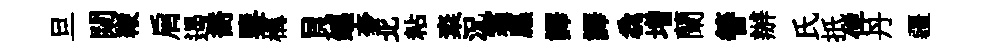
旦闚鞭肩遏喬鑒構貝鑣奢北粘粢況霜廡譯譯毳増蘭簮辦氏扺俾丹疆